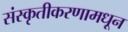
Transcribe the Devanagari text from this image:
संस्कृतीकरणामधून